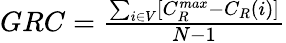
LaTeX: \begin{array}{r}{GRC=\frac{\sum_{i\in V}[C_{R}^{max}-C_{R}(i)]}{N-1}}\end{array}